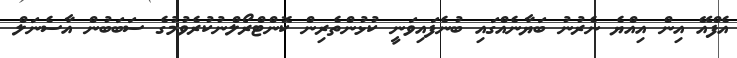
އެފްއޭ އިން އިއްޔެ ނެރުނު ބަޔާނެއްގައި ބުނެފައިވަނީ ކުޅުންތެރިން ކޮންޓްރޯލްނުކުރެވުމުގެ ސަބަބުން އާސެނަލް